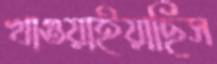
খাওয়াইয়াছিস